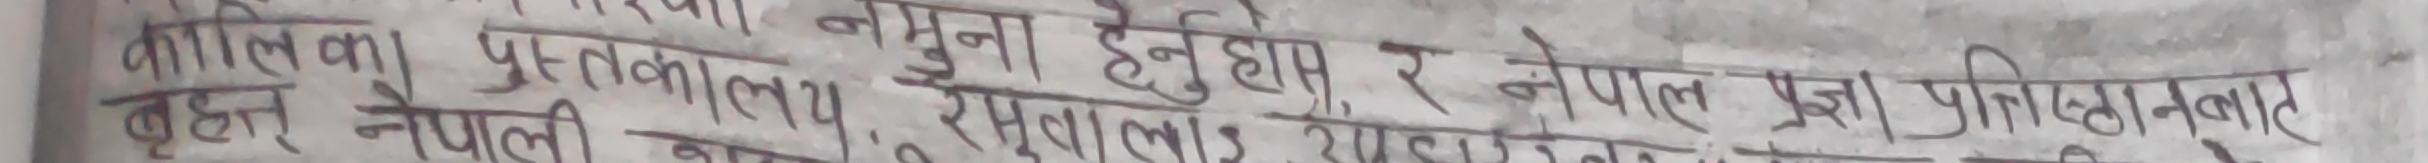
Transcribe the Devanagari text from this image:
जातिका पुस्तकालय नमूना हुनुहाप र नेपाल प्रजा प्रतिष्ठानबाट